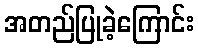
အတည်ပြုခဲ့ကြောင်း